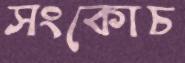
সংকোচ